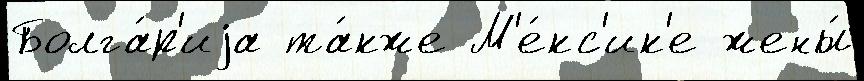
Болга́р'иjа та́кже М'е́кс'ик'е жены́